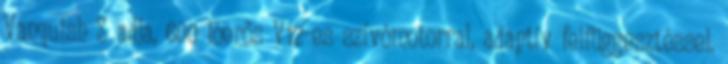
Vanquish S adja, 600 lóerős V12-es szívómotorral, adaptív felfüggesztéssel.